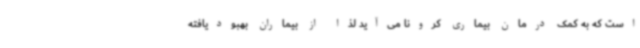
است که به کمک درمان بیماری کرونا می‌آید لذا از بیماران بهبودیافته